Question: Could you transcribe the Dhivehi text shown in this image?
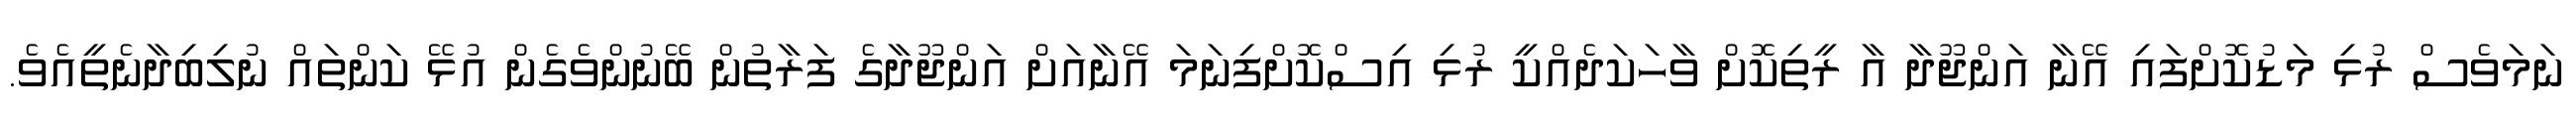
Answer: ނަމަވެސް ރުޅި މަޑުކޮށްފައި އޭނާ އަންޖޫދާ އާ ރީތިކޮށް ވާހަކަދެއްކީ ރުޅި އިސްކޮށްފިނަމަ އޭނާއަށް އަންޖޫދާގެ ފަރާތުން ބޭނުންވެގެން އުޅޭ ކަންތައް ނުލިބިދާނެތީއެވެ.